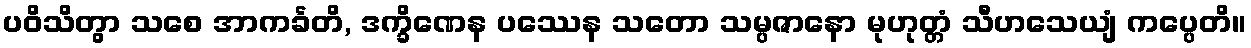
ပဝိသိတွာ သစေ အာကင်္ခတိ, ဒက္ခိဏေန ပဿေန သတော သမ္ပဇာနော မုဟုတ္တံ သီဟသေယျံ ကပ္ပေတိ။